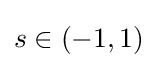
s\in \left(-1,1\right)